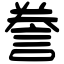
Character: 誊